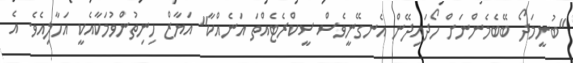
"ބުނީމަދޯ ބޭބެމެންނަށް ހޯދައިދޭން އެނގޭނީވެސް ސީކްރެޓެއްތަ އަނެއްކާ" އަޔާޒް ހިނިތުންވުމަކާއެކީ އަހާލިއެވެ. އެ